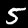
Digit: 5